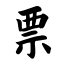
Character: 票